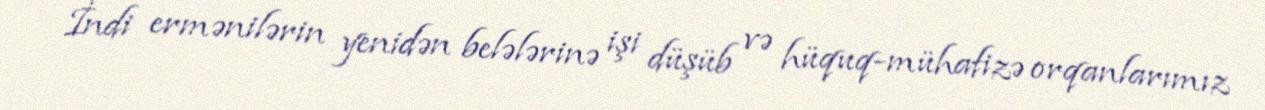
İndi ermənilərin yenidən belələrinə işi düşüb və hüquq-mühafizə orqanlarımız